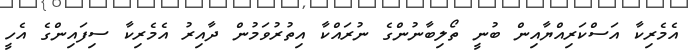
އެމެރިކާ އަސްކަރިއްޔާއިން ބުނީ ތޯލިބާނުންގެ ނުރައްކާ އިތުރުވަމުން ދާއިރު އެމެރިކާ ސިފައިންގެ އެހީ